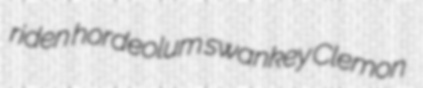
riden hordeolum swankey Clemon